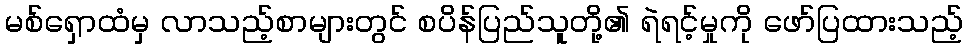
မစ်ရှောထံမှ လာသည့်စာများတွင် စပိန်ပြည်သူတို့၏ ရဲရင့်မှုကို ဖော်ပြထားသည့်